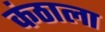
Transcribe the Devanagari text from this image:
कंठाला